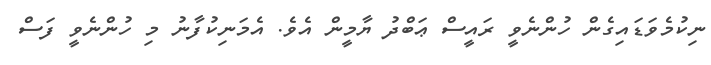
ނިކުމެވަޑައިގެން ހުންނެވީ ރައީސް ޢަބްދު ޔާމީން އެވެ. އެމަނިކުފާނު މި ހުންނެވީ ފަސް